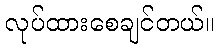
လုပ်ထားစေချင်တယ်။